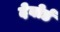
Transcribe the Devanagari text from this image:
देबोर्ड